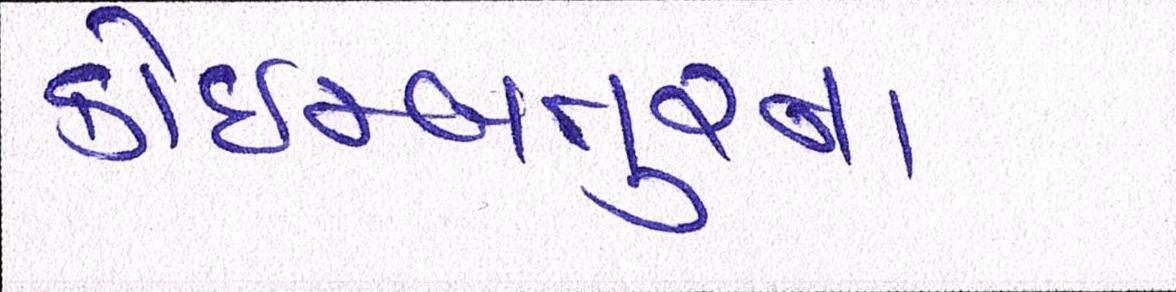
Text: કોઇમ્બતુરના